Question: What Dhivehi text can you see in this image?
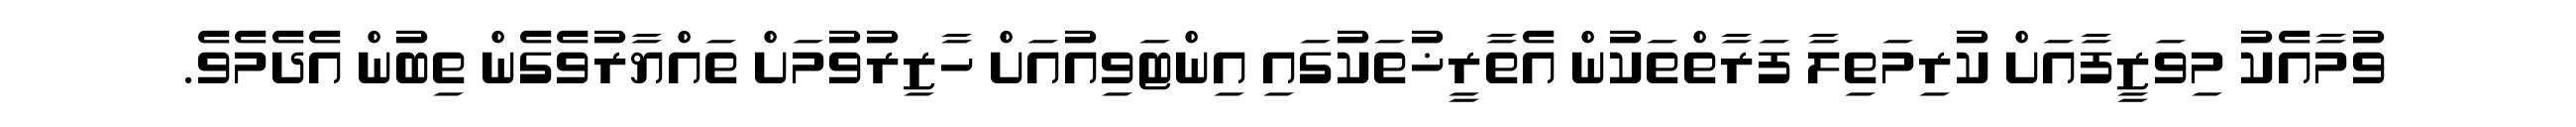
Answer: ވުމާއެކު މިވަޒީފާއަށް ކުރިމަތިލާ ފަރާތްތަކުން އެތާރީޚުތަކުގައި އިންޓަވިއުއަށް ހާޒިރުވުމަށް ތައްޔާރުވެގެން ތިބުން އެދެމެވެ.